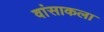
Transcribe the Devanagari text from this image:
वांसाकला